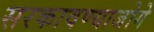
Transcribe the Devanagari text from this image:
सरकावण्याजोगे